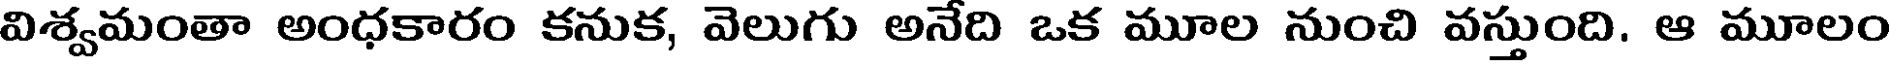
విశ్వమంతా అంధకారం కనుక, వెలుగు అనేది ఒక మూల నుంచి వస్తుంది. ఆ మూలం